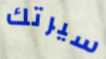
سيرتك